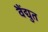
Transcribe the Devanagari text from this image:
वैंद्युत